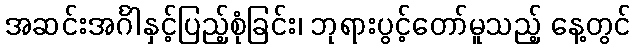
အဆင်းအင်္ဂါနှင့်ပြည့်စုံခြင်း၊ ဘုရားပွင့်တော်မူသည့် နေ့တွင်